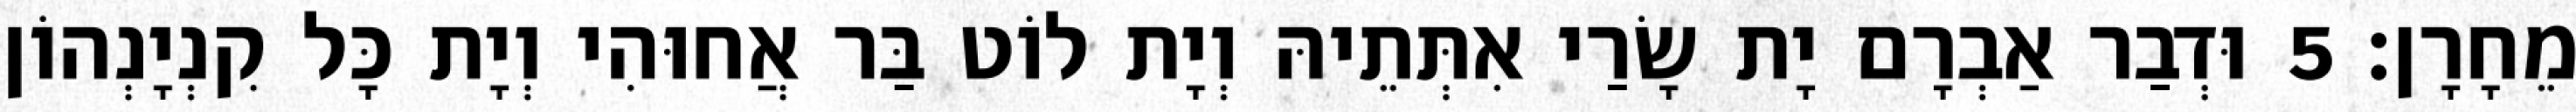
מֵחָרָן׃ 5 וּדְבַר אַבְרָם יָת שָׂרַי אִתְּתֵיהּ וְיָת לוֹט בַּר אֲחוּהִי וְיָת כָּל קִנְיָנְהוֹן